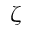
\zeta